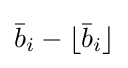
{\bar {b}}_{i}-\lfloor {\bar {b}}_{i}\rfloor